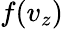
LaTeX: f(v_{z})